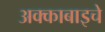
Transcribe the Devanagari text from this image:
अक्काबाइचे